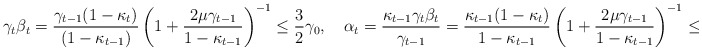
\begin{align*}\gamma_t\beta_t=\frac{\gamma_{t-1}(1-\kappa_t)}{(1-\kappa_{t-1})}\left(1+\frac{2\mu\gamma_{t-1}}{1-\kappa_{t-1}}\right)^{-1}\leq\frac{3}{2}\gamma_0,\quad\alpha_t=\frac{\kappa_{t-1}\gamma_t\beta_t}{\gamma_{t-1}}=\frac{\kappa_{t-1}(1-\kappa_{t})}{1-\kappa_{t-1}}\left(1+\frac{2\mu\gamma_{t-1}}{1-\kappa_{t-1}}\right)^{-1}\leq\frac{1}{2}. \end{align*}